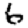
Digit: 6